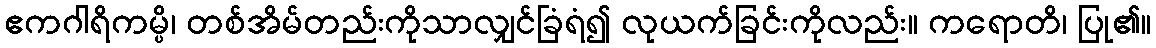
ဧကဂါရိကမ္ပိ၊ တစ်အိမ်တည်းကိုသာလျှင်ခြံရံ၍ လုယက်ခြင်းကိုလည်း။ ကရောတိ၊ ပြု၏။